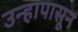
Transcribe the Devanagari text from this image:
उन्हापासून